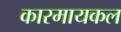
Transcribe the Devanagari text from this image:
कारमायकल